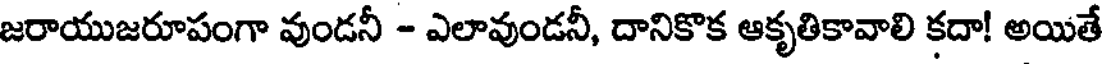
జరాయుజరూపంగా వుండనీ - ఎలావుండనీ, దానికొక ఆకృతికావాలి కదా! అయితే